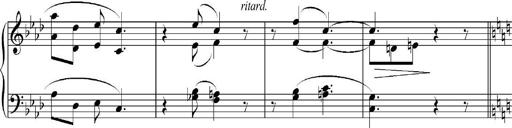
Title: Sonatina No.5
Composer: Otto Stoll
Key: F-sharp minor